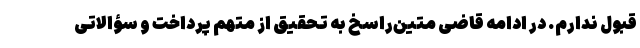
قبول ندارم. در ادامه قاضی متین‌راسخ به تحقیق از متهم پرداخت و سؤالاتی